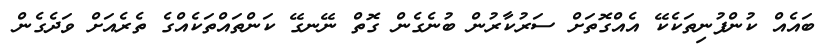
ބައެއް ކުންފުނިތަކެކޭ އެއްގޮތަށް ސަރުކާރުން ބުނެގެން ގޮތް ނޭނގޭ ކަންތައްތަކެއްގެ ތެރެއަށް ވަދެގެން